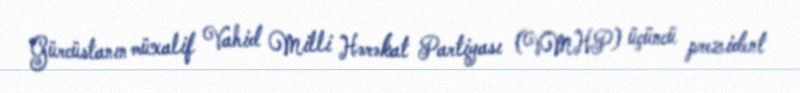
Gürcüstanın müxalif Vahid Milli Hərəkat Partiyası (VMHP) üçüncü prezident